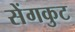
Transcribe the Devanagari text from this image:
सेंगकुट